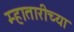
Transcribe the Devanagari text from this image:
म्हातारीच्या